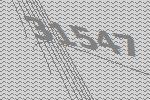
31547